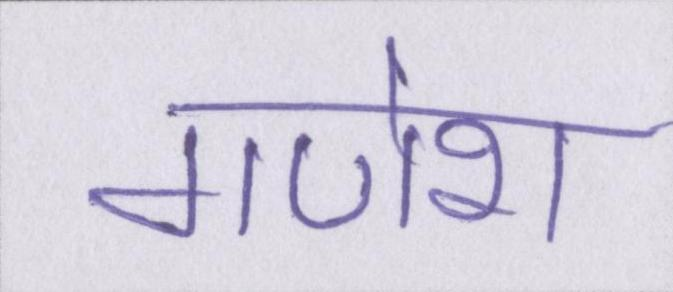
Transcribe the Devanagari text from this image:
गणेश